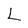
Character: L